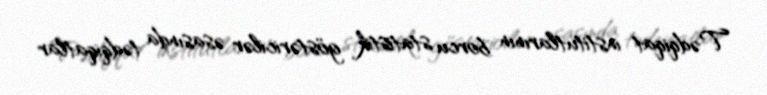
Tədqiqat institutlarının borcu statistik göstəricilər əsasında tədqiqatlar